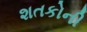
શતકોની